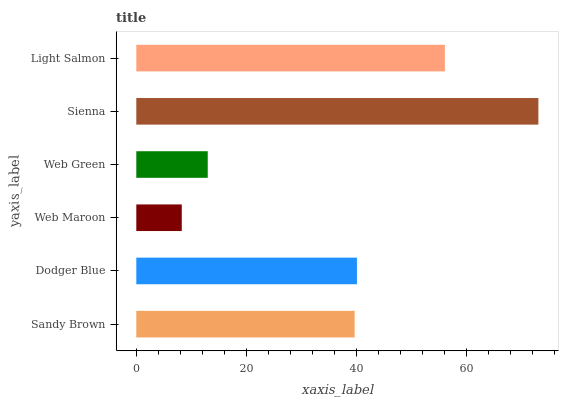
| yaxis_label | bars |
 | --- | --- |
 | Sandy Brown | 39.7 |
 | Dodger Blue | 40.1 |
 | Web Maroon | 8.27 |
 | Web Green | 13 |
 | Sienna | 73.1 |
 | Light Salmon | 56.1 |